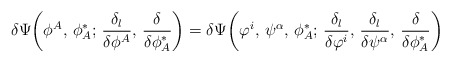
\begin{align*}\delta\Psi\bigg(\phi^A,\,\phi^*_A;\, \frac{\delta_l}{\delta\phi^A},\,\frac{\delta}{\delta\phi^*_A}\bigg)= \delta\Psi\bigg(\varphi^i,\,\psi^\alpha,\,\phi^*_A;\, \frac{\delta_l}{\delta\varphi^i},\,\frac{\delta_l}{\delta\psi^\alpha},\, \frac{\delta}{\delta\phi^*_A}\bigg)\end{align*}